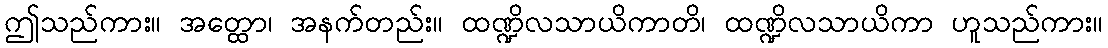
ဤသည်ကား။ အတ္ထော၊ အနက်တည်း။ ထဏ္ဍိလသာယိကာတိ၊ ထဏ္ဍိလသာယိကာ ဟူသည်ကား။